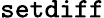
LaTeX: {\tt setdiff}